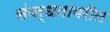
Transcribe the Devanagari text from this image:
संवर्धनावरील